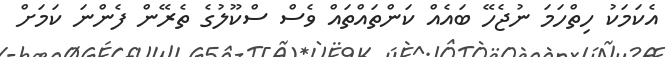
އެކަމަކު ހިތްހަމަ ނުޖެހޭ ބައެއް ކަންތައްތައް ވެސް ސްކޫލުގެ ތެރޭން ފެންނަ ކަމަށް